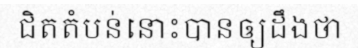
ជិតតំបន់នោះបានឲ្យដឹងថា